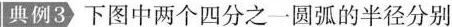
典例3 下图中两个四分之一圆弧的半径分别